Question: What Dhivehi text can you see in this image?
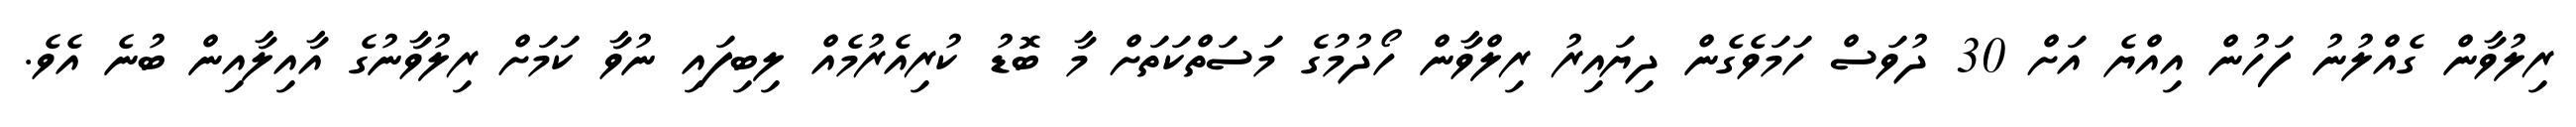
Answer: ރިލުވާން ގެއްލުނު ފަހުން އިއްޔެ އަށް 30 ދުވަސް ހަމަވެގެން ދިޔައިރު ރިލްވާން ހޯދުމުގެ މަސަތްކަތަށް މާ ބޮޑު ކުރިއެރުމެއް ލިބިފައި ނުވާ ކަމަށް ރިލުވާނުގެ އާއިލާއިން ބުނެ އެވެ.